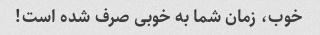
خوب، زمان شما به خوبی صرف شده است!